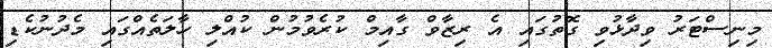
މިނިސްޓަރު ވިދާޅުވި ގޮތުގައި އެ ރިޒާވް ގާއިމް ކުރެވުމުން ކުއްލި ހާލަތެއްގައި މެދުނުކެޑި